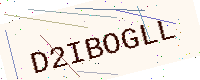
Text: D2IBOGLL